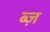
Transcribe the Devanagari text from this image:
ब्ज़